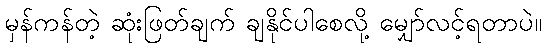
မှန်ကန်တဲ့ ဆုံးဖြတ်ချက် ချနိုင်ပါစေလို့ မျှော်လင့်ရတာပဲ။